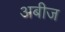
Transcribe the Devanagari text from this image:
अबीज